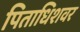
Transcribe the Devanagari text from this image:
पिताधिशवर